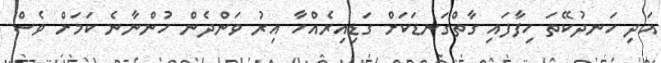
އަދި ހަނދުކޭތަ ހިފާފައި ގާތްގަނޑަކަށް ގަޑިއިރެއްހާ އިރު ވަންދެން ހުންނާނެ ކަމަށް ވެސް